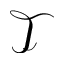
\mathcal { T }